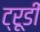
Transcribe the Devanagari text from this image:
ट्रूडी